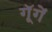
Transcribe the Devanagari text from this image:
गूॅगें